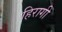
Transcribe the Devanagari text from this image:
हिरागी